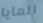
المايا